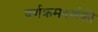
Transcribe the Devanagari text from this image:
वर्णक्रमदर्शकी